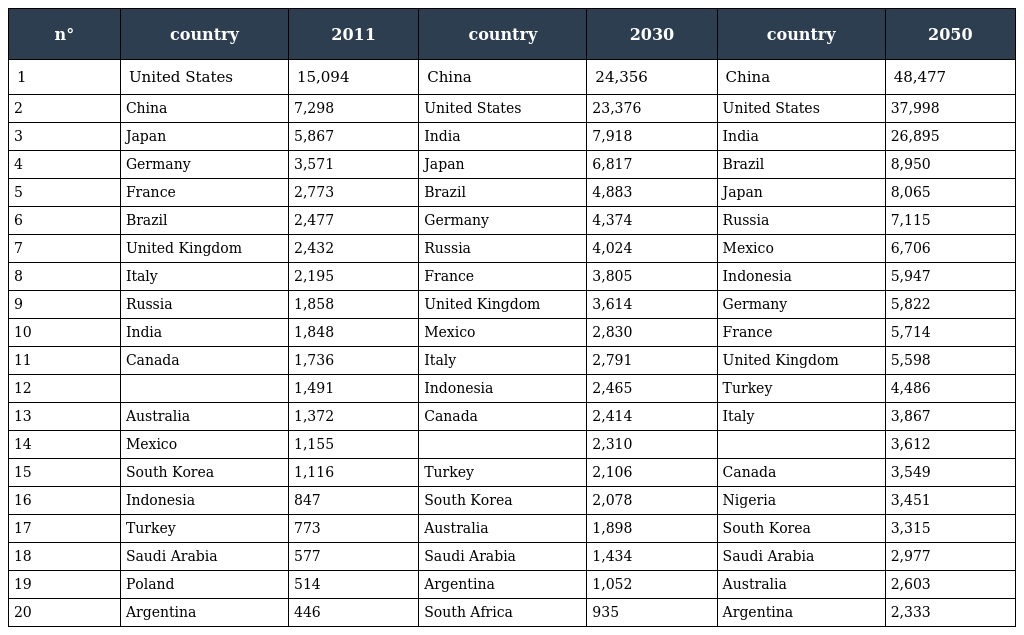
| n° | country | 2011 | country | 2030 | country | 2050 |
 | --- | --- | --- | --- | --- | --- | --- |
 | 1 | United States | 15,094 | China | 24,356 | China | 48,477 |
 | 2 | China | 7,298 | United States | 23,376 | United States | 37,998 |
 | 3 | Japan | 5,867 | India | 7,918 | India | 26,895 |
 | 4 | Germany | 3,571 | Japan | 6,817 | Brazil | 8,950 |
 | 5 | France | 2,773 | Brazil | 4,883 | Japan | 8,065 |
 | 6 | Brazil | 2,477 | Germany | 4,374 | Russia | 7,115 |
 | 7 | United Kingdom | 2,432 | Russia | 4,024 | Mexico | 6,706 |
 | 8 | Italy | 2,195 | France | 3,805 | Indonesia | 5,947 |
 | 9 | Russia | 1,858 | United Kingdom | 3,614 | Germany | 5,822 |
 | 10 | India | 1,848 | Mexico | 2,830 | France | 5,714 |
 | 11 | Canada | 1,736 | Italy | 2,791 | United Kingdom | 5,598 |
 | 12 |  | 1,491 | Indonesia | 2,465 | Turkey | 4,486 |
 | 13 | Australia | 1,372 | Canada | 2,414 | Italy | 3,867 |
 | 14 | Mexico | 1,155 |  | 2,310 |  | 3,612 |
 | 15 | South Korea | 1,116 | Turkey | 2,106 | Canada | 3,549 |
 | 16 | Indonesia | 847 | South Korea | 2,078 | Nigeria | 3,451 |
 | 17 | Turkey | 773 | Australia | 1,898 | South Korea | 3,315 |
 | 18 | Saudi Arabia | 577 | Saudi Arabia | 1,434 | Saudi Arabia | 2,977 |
 | 19 | Poland | 514 | Argentina | 1,052 | Australia | 2,603 |
 | 20 | Argentina | 446 | South Africa | 935 | Argentina | 2,333 |